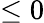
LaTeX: \leq 0